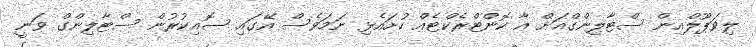
ލިވަޕޫލްއިން ސްޓާލިންގްއަށް އާ ކޮންޓްރެކްޓެއް ހުށައެޅި ނަމަވެސް އޭގައި ސޮއިކުރުން ސްޓާލިންގް ވަނީ